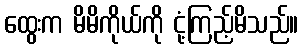
ထွေးက မိမိကိုယ်ကို ငုံ့ကြည့်မိသည်။